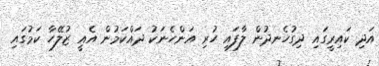
އަދި ކައިރީގައި ދިގުހެނދުން ލާފައި ހުރި އަންހެނަކު ދައްކަމުން އެއީ ޒުލޭހާ ކަމުގައި